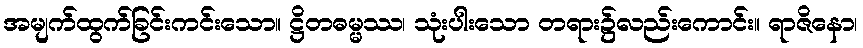
အမျက်ထွက်ခြင်းကင်းသော။ ဋ္ဌိတဓမ္မဿ၊ သုံးပါးသော တရား၌လည်းကောင်း။ ရာဇိနော၊